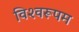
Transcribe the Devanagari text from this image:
विश्‍वरूपम